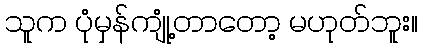
သူက ပုံမှန်ကျုံ့တာတော့ မဟုတ်ဘူး။